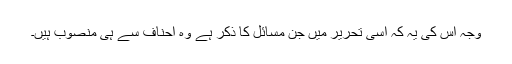
وجہ اس کی یہ کہ اسی تحریر میں جن مسائل کا ذکر ہے وہ احناف سے ہی منصوب ہیں۔